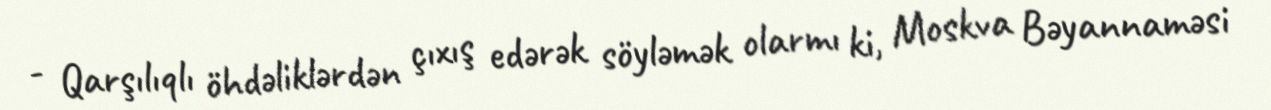
- Qarşılıqlı öhdəliklərdən çıxış edərək söyləmək olarmı ki, Moskva Bəyannaməsi